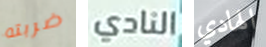
ضربته النادي الهادي